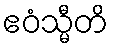
ဧဝံသ္မီတိ